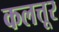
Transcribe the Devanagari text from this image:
कलत्तूर